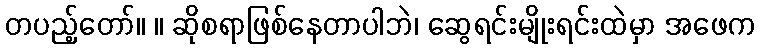
တပည့်တော်။ ။ ဆိုစရာဖြစ်နေတာပါဘဲ၊ ဆွေရင်းမျိုးရင်းထဲမှာ အဖေက